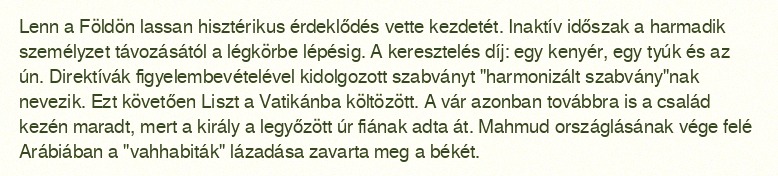
Lenn a Földön lassan hisztérikus érdeklődés vette kezdetét. Inaktív időszak a harmadik személyzet távozásától a légkörbe lépésig. A keresztelés díj: egy kenyér, egy tyúk és az ún. Direktívák figyelembevételével kidolgozott szabványt "harmonizált szabvány"nak nevezik. Ezt követően Liszt a Vatikánba költözött. A vár azonban továbbra is a család kezén maradt, mert a király a legyőzött úr fiának adta át. Mahmud országlásának vége felé Arábiában a "vahhabiták" lázadása zavarta meg a békét.